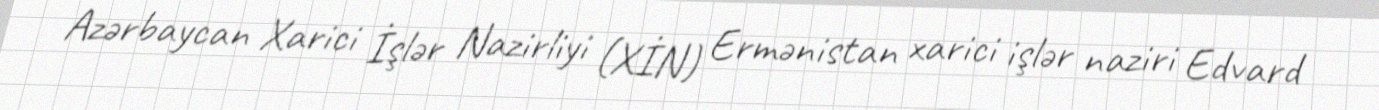
Azərbaycan Xarici İşlər Nazirliyi (XİN) Ermənistan xarici işlər naziri Edvard